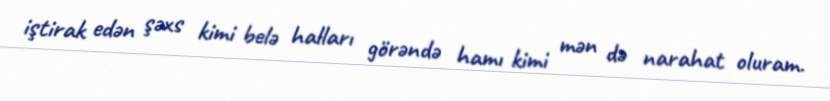
iştirak edən şəxs kimi belə halları görəndə hamı kimi mən də narahat oluram.